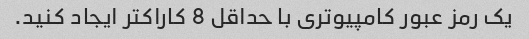
یک رمز عبور کامپیوتری با حداقل 8 کاراکتر ایجاد کنید.